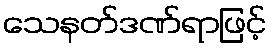
သေနတ်ဒဏ်ရာဖြင့်